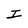
Character: I